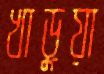
খাড়ুয়া